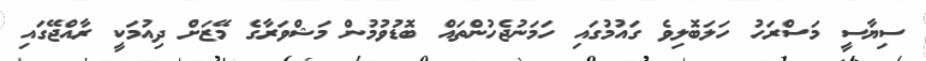
ސިޔާސީ މަސްރަހު ހަލަބޮލިވެ ގައުމުގައި ހަމަނުޖެހުންތައް ބޮޑުވުމުން މަޝްވަރާގެ މޭޒަށް ދިއުމަކީ ރާއްޖޭގައި